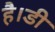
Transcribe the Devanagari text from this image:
है।डी